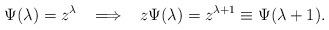
LaTeX: \begin{align*}\Psi(\lambda)=z^\lambda \;\;\;\Longrightarrow \;\;\;z\Psi(\lambda) =z^{\lambda +1}\equiv \Psi(\lambda +1).\end{align*}